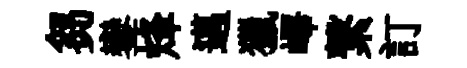
芻鑾烽邁獵嶧繋訂